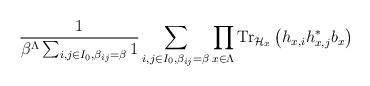
LaTeX: \begin{align*}\frac{1}{\beta^{\Lambda}\sum_{i,j\in I_{0}, \beta_{ij}=\beta } 1}\sum_{i,j\in I_{0}, \beta_{ij}=\beta } \prod_{x\in \Lambda}\hbox{Tr}_{\mathcal{H}_{x}}\left(h_{x, i}h_{x, j}^* b_{x}\right)\end{align*}